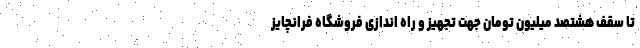
تا سقف هشتصد میلیون تومان جهت تجهیز و راه اندازی فروشگاه فرانچایز